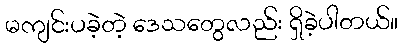
မကျင်းပခဲ့တဲ့ ဒေသတွေလည်း ရှိခဲ့ပါတယ်။